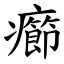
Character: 癤